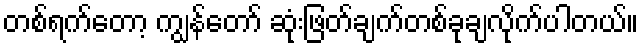
တစ်ရက်တော့ ကျွန်တော် ဆုံးဖြတ်ချက်တစ်ခုချလိုက်ပါတယ်။